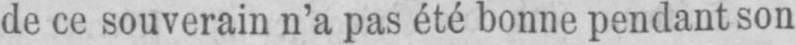
de ce souverain n’a pas été bonne pendant son